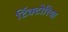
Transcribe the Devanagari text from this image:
टिंक्टोरिया